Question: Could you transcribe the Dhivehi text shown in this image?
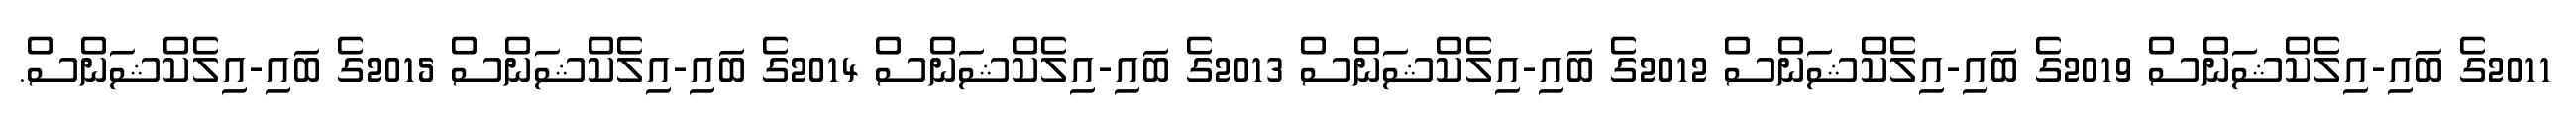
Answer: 2011ގެ ބައި-އިލެކްޝަންސް 2019ގެ ބައި-އިލެކްޝަންސް 2012ގެ ބައި-އިލެކްޝަންސް 2013ގެ ބައި-އިލެކްޝަންސް 2014ގެ ބައި-އިލެކްޝަންސް 2015ގެ ބައި-އިލެކްޝަންސް.